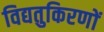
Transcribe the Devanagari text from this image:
विद्यतुकिरणों